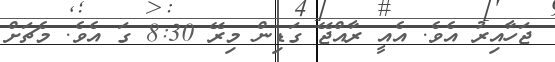
ޖަހާއިރު އެވެ. އެއީ ރާއްޖޭ ގަޑިން މިރޭ 8:30 ގަ އެވެ. މެޗަށް